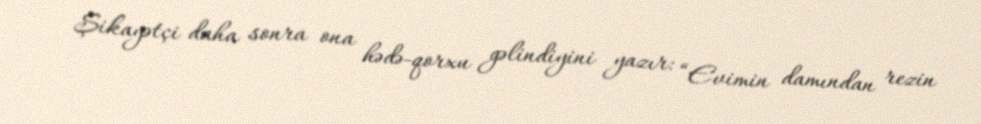
Şikayətçi daha sonra ona hədə-qorxu gəlindiyini yazır: “Evimin damından rezin